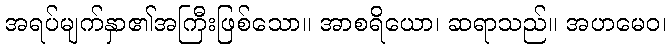
အရပ်မျက်နှာ၏အကြီးဖြစ်သော။ အာစရိယော၊ ဆရာသည်။ အဟမေဝ၊